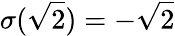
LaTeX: \sigma({\sqrt{2}})=-{\sqrt{2}}